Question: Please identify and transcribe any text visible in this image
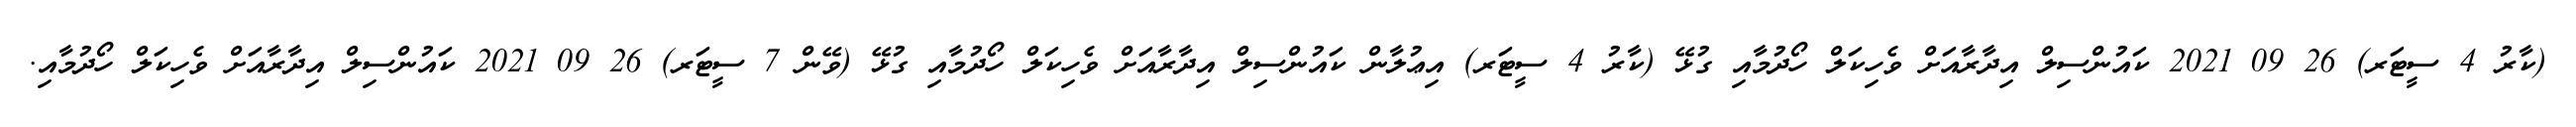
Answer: (ކާރު 4 ސީޓަރ) 26 09 2021 ކައުންސިލް އިދާރާއަށް ވެހިކަލް ހޯދުމާއި ގުޅޭ (ކާރު 4 ސީޓަރ) އިޢުލާން ކައުންސިލް އިދާރާއަށް ވެހިކަލް ހޯދުމާއި ގުޅޭ (ވޭން 7 ސީޓަރ) 26 09 2021 ކައުންސިލް އިދާރާއަށް ވެހިކަލް ހޯދުމާއި.